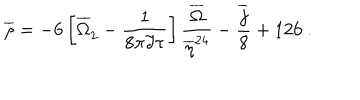
\overline { { { \rho } } } = - 6 \left[ { \overline { { { \Omega } } } } _ { 2 } ^ { \phantom { 2 } } - \frac { 1 } { 8 \pi \Im \tau } \right] \frac { \overline { { { \Omega } } } } { \overline { { { \eta } } } ^ { 2 4 } } - \frac { \overline { { { j } } } } { 8 } + 1 2 6 \ .